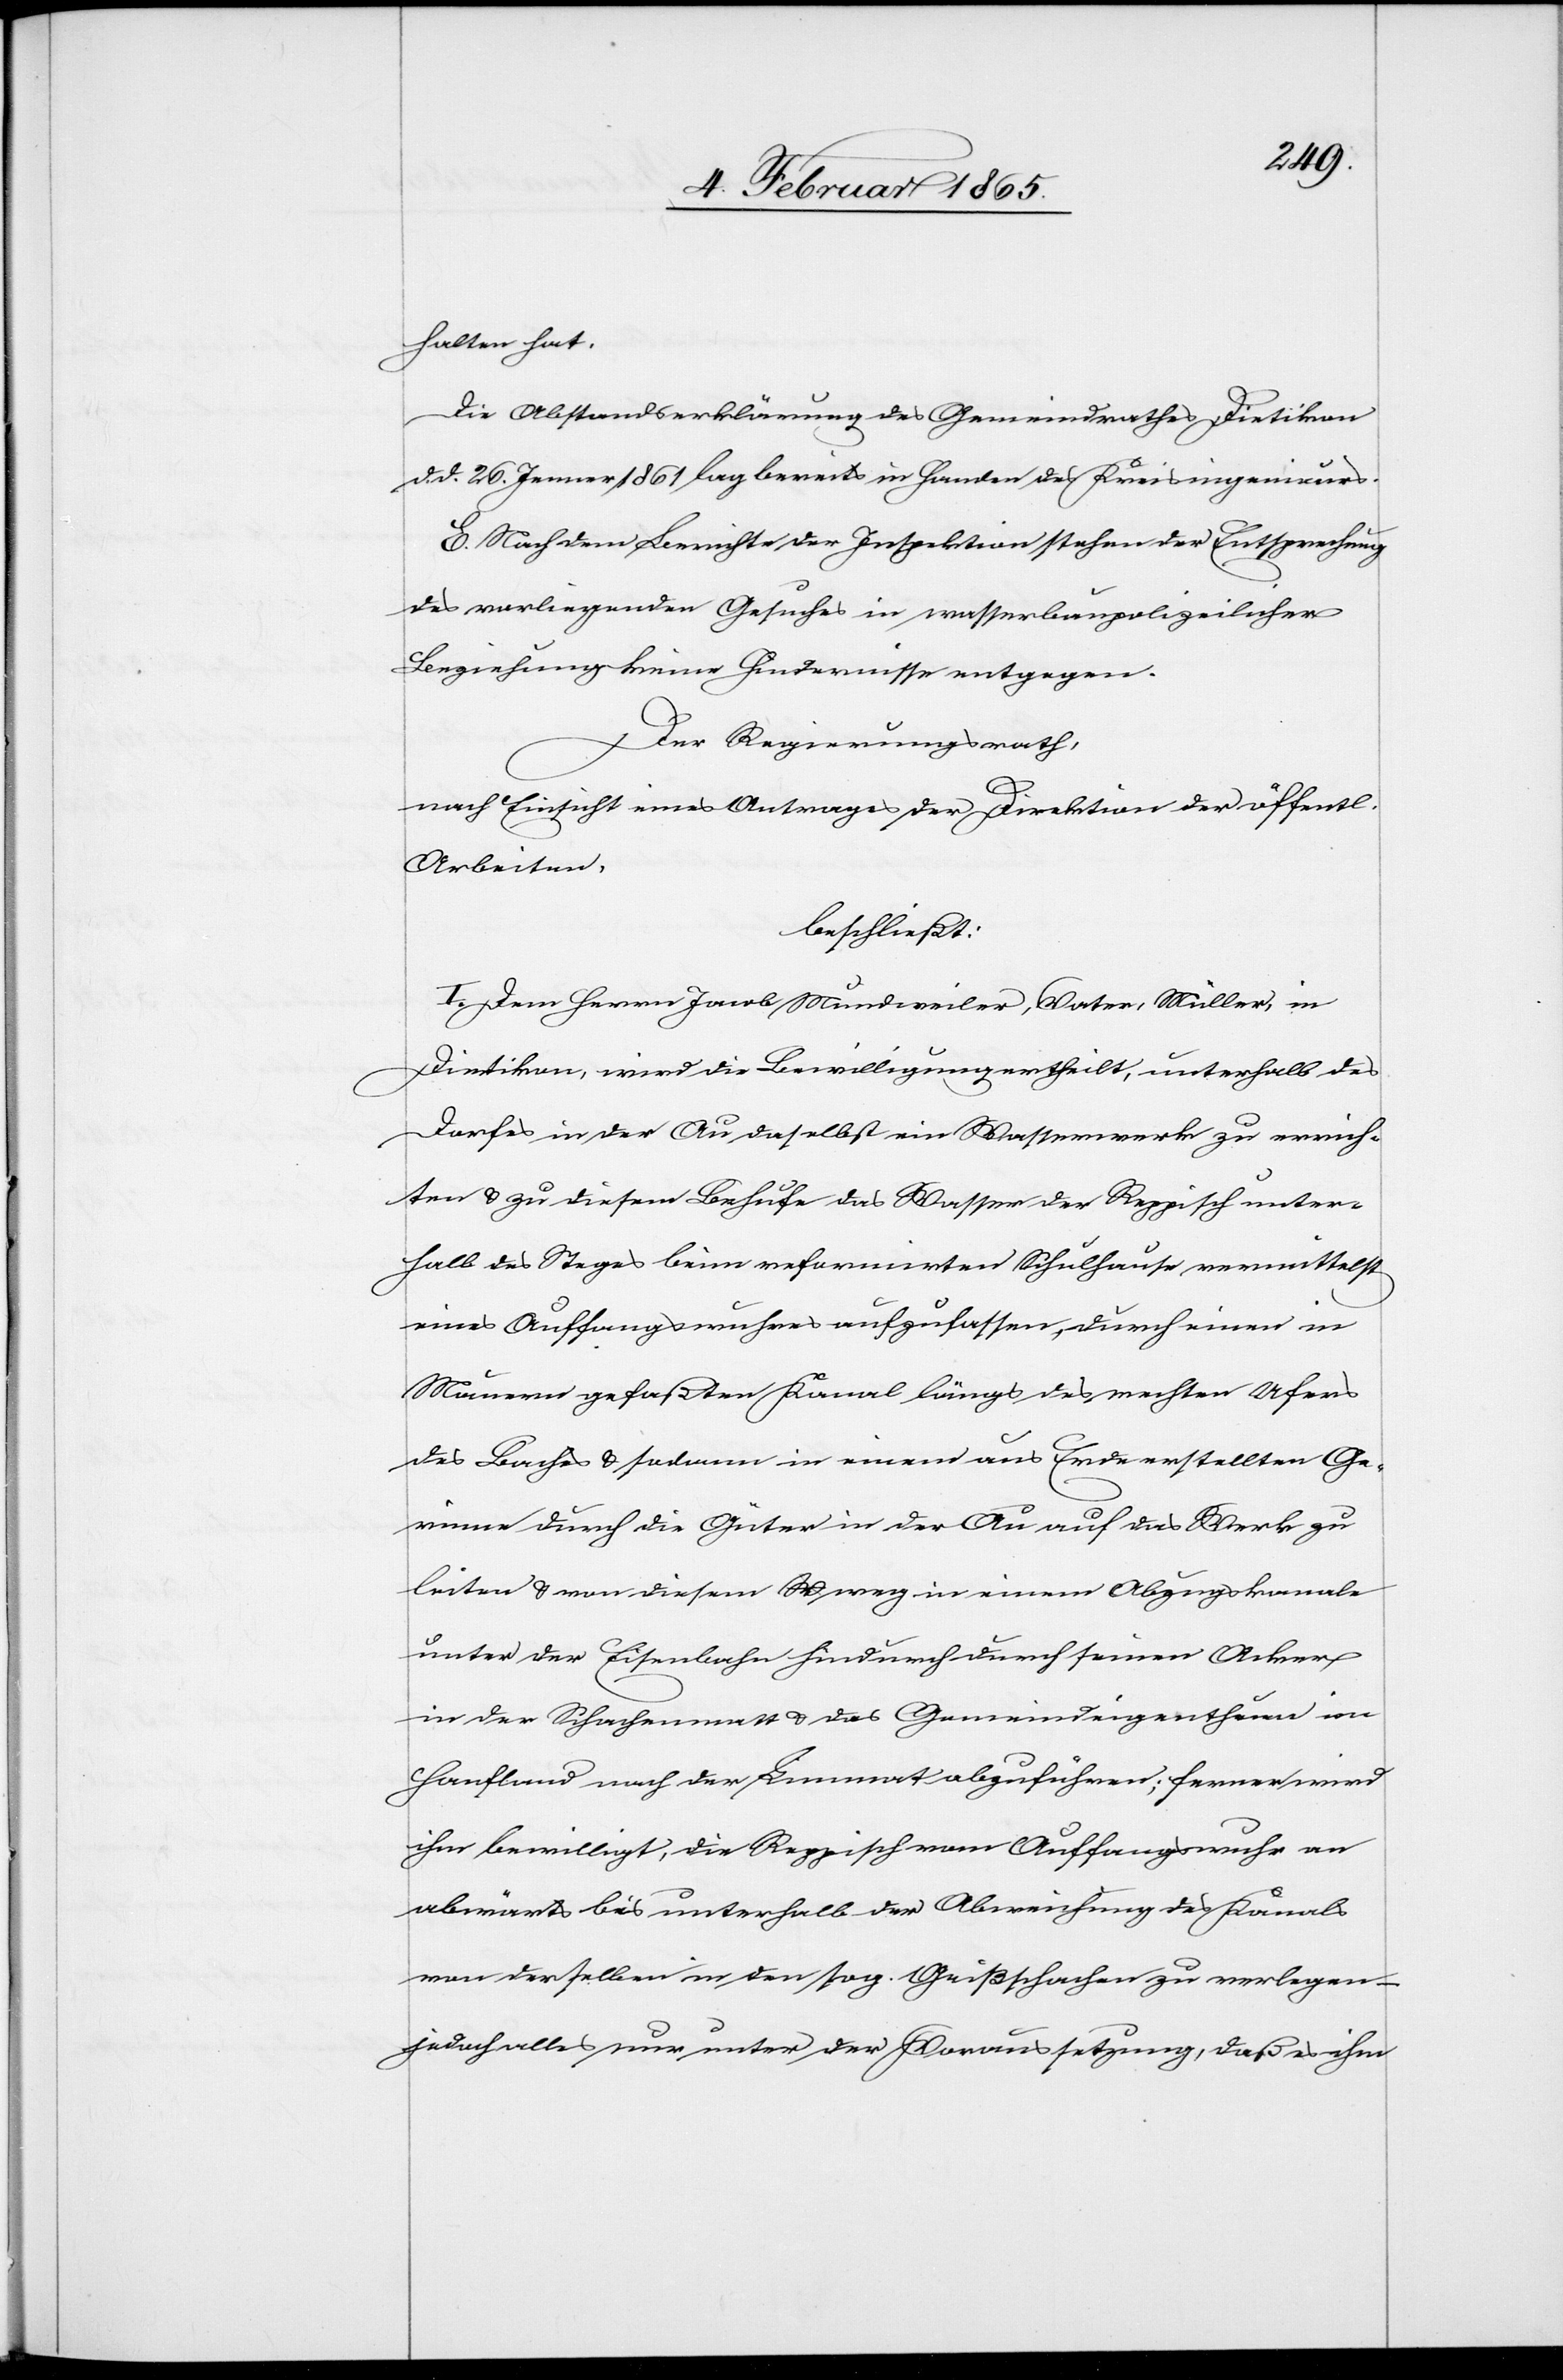
halten hat.
Die Abstandserklärung des Gemeindrathes Dietikon
d. d. 26. Jenner 1861 lag bereits in Handen des Kreisingenieurs.
E. Nach dem Berichte der Inspektion stehender Entsprechung
des vorliegenden Gesuches in wasserbaupolizeilicher
Beziehung keine Hindernisse entgegen.
Der Regierungsrath,
nach Einsicht eines Antrages der Direktion der öffentl.
Arbeiten,
beschließt:
I. Dem Herrn Jacob Mundweiler, Vater, Müller, in
Dietikon, wird die Bewilligung ertheilt, unterhalb des
Dorfes in der Au daselbst ein Wasserwerk zu errich¬
ten u. zu diesem Behufe das Wasser der Reppisch unter¬
halb des Steges beim reformirten Schulhause vermittelst
eines Auffangswuhres aufzufassen, durch einen in
Mauern gefaßten Kanal längs des rechten Ufers
des Baches u. sodann in einem aus Erde erstellten Ge¬
rinne durch die Güter in der Au auf das Werk zu
leiten u. von diesem weg in einem Abzugskanale
unter der Eisenbahn hindurch durch seinen Acker
in der Schachenmatt u. das Gemeindeigenthum im
Hanfland nach der Limmat abzuführen; ferner wird
ihm bewilligt, die Reppisch vom Auffangswuhr an
abwärts bis unterhalb der Abweichung zu verlegen
jedoch alles nur unter der Voraussetzung, daß es ihm